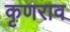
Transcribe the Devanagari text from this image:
कृणराव